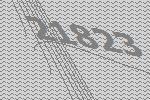
21823